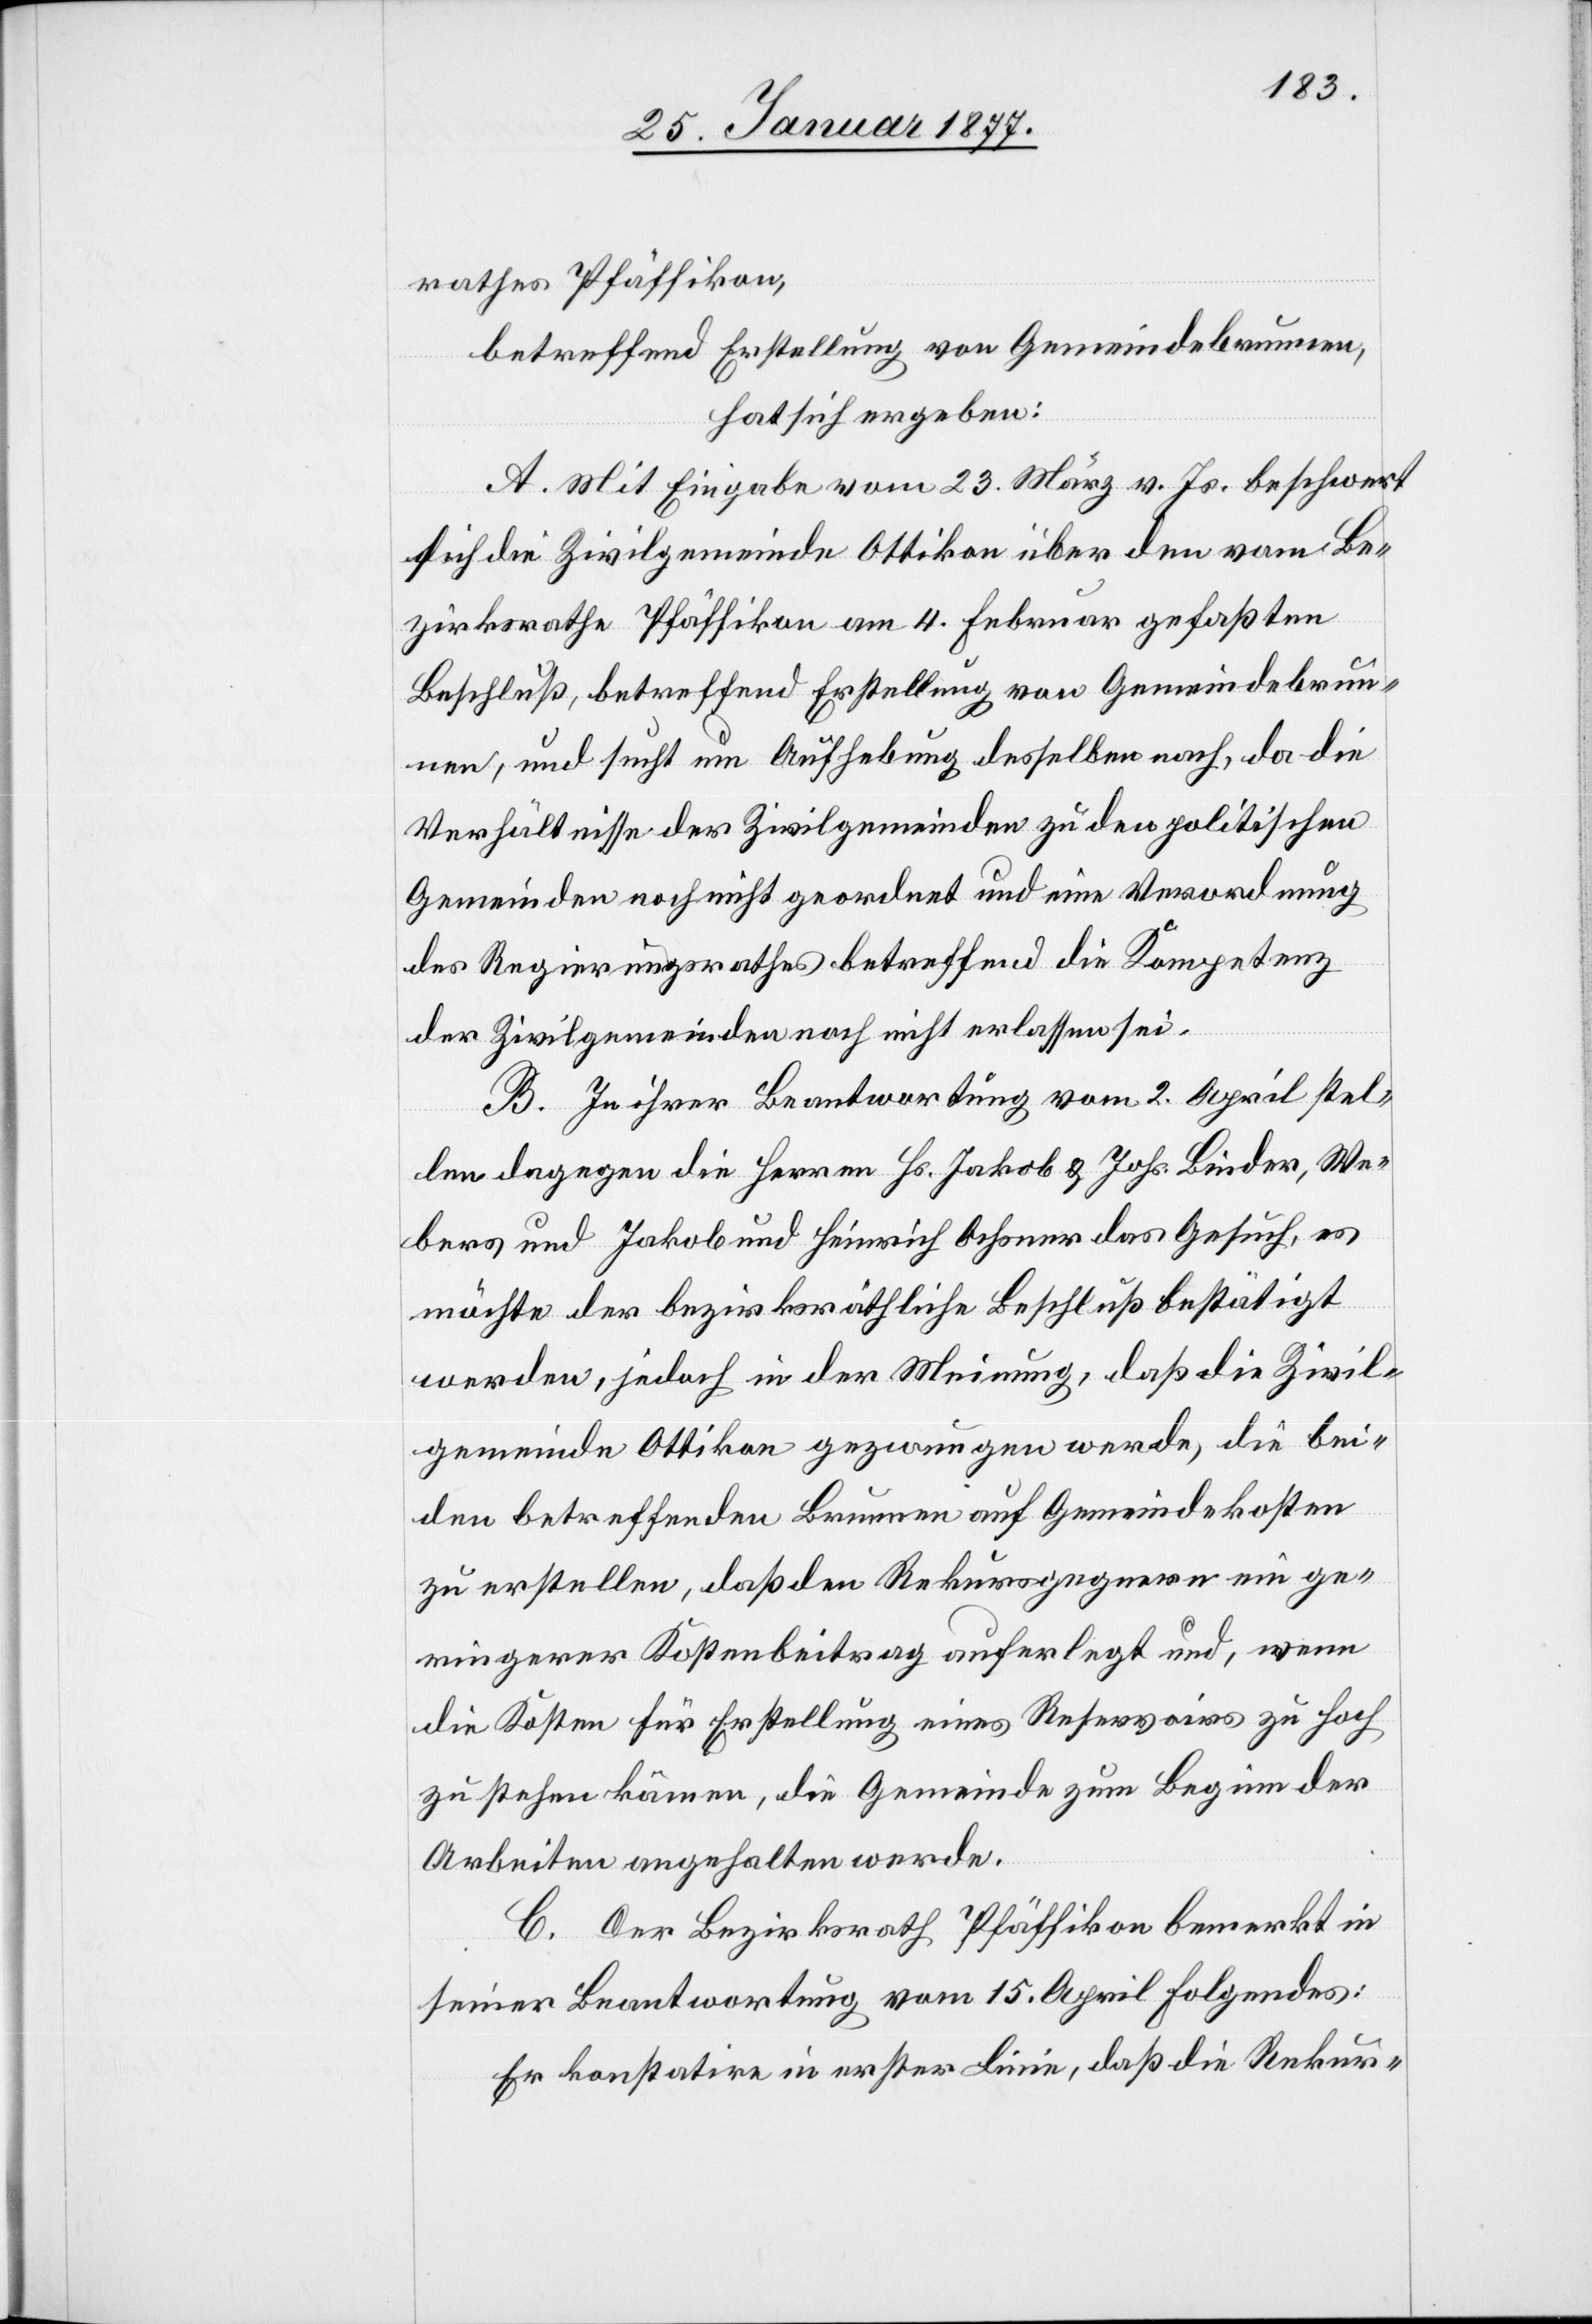
rathes Pfäffikon,
betreffend Erstellung von Gemeindebrunnen,
hat sich ergeben:
A. Mit Eingabe vom 23. März v. Js. beschwert
sich die Zivilgemeinde Ottikon über den vom Be¬
zirksrathe Pfäffikon am 4. Februar gefaßten
Beschluß, betreffend Erstellung von Gemeindebrun¬
nen, und sucht um Aufhebung desselben nach, da die
Verhältnisse der Zivilgemeinden zu den politischen
Gemeinden noch nicht geordnet und eine Verordnung
des Regierungsrathes betreffend die Kompetenz
der Zivilgemeinden noch nicht erlassen sei.
B. In ihrer Beantwortung vom 2. April stel¬
len dagegen die Herren Hs. Jakob & Johs. Binder, We¬
bers und Jakob und Heinrich Ochsner das Gesuch, es
möchte der bezirksräthliche Beschluß bestätigt
werden, jedoch in der Meinung, daß die Zivil¬
gemeinde Ottikon gezwungen werde, die bei¬
den betreffenden Brunnen auf Gemeindekosten
zu erstellen, daß den Rekursgegnern ein ge¬
ringerer Kostenbeitrag auferlegt und, wenn
die Kosten für Erstellung eines Reservoirs zu hoch
zu stehen kämen, die Gemeinde zum Beginn der
Arbeiten angehalten werde.
C. Der Bezirksrath Pfäffikon bemerkt in
seiner Beantwortung vom 15. April folgendes:
Er konstatire in erster Linie, daß die Rekur-